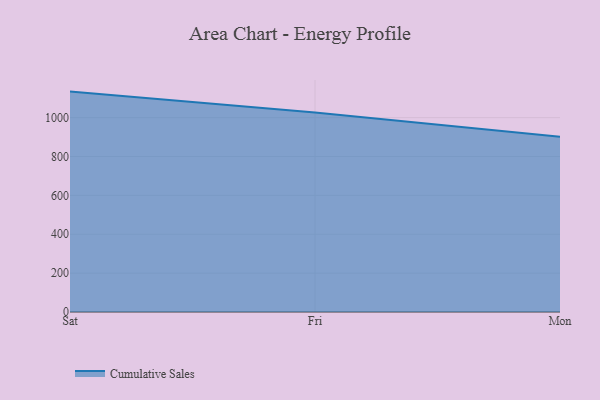
{"axis": {"x": "Day", "y": "Waste Production (Tons)"}, "legend": ["Cumulative Sales"], "data": [{"x": "Sat", "y": 1134.0, "type": "Cumulative Sales"}, {"x": "Fri", "y": 1026.5, "type": "Cumulative Sales"}, {"x": "Mon", "y": 901.1, "type": "Cumulative Sales"}]}